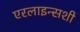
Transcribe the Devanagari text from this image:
एरलाइन्सशी